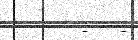
-   -